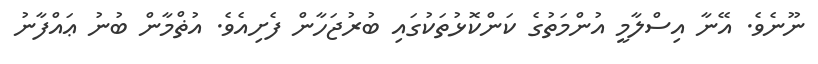
ނޫނެވެ. އޭނާ އިސްލާމީ އުންމަތުގެ ކަންކޮޅުތަކުގައި ބުރުޖަހާން ފެށިއެވެ. އުޡްމާން ބުނު ޢައްފާނު